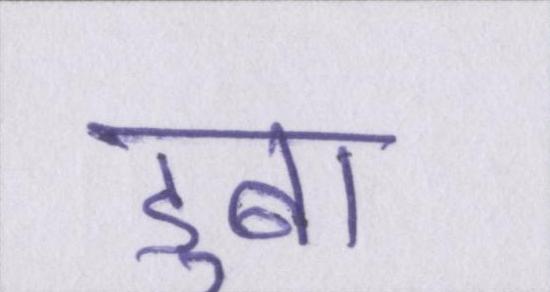
डुबा